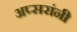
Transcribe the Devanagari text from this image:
अप्सरांनी